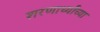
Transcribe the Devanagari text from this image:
शरणार्थ्यांच्या